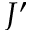
J ^ { \prime }